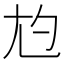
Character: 尥